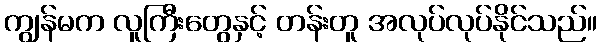
ကျွန်မက လူကြီးတွေနှင့် တန်းတူ အလုပ်လုပ်နိုင်သည်။